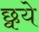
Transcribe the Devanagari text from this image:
छ्वये